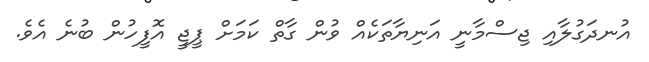
އުނދަގުލާއި ޖިސްމާނީ އަނިޔާތަކެއް ވުން ގާތް ކަމަށް ޕީޖީ އޮފީހުން ބުނެ އެވެ.